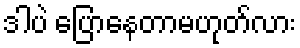
ဒါပဲ ပြောနေတာမဟုတ်လား